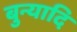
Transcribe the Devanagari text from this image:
बुन्यादि